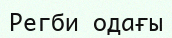
Регби одағы